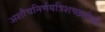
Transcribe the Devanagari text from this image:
अशौचनिर्णयत्रिशच्छलोकी